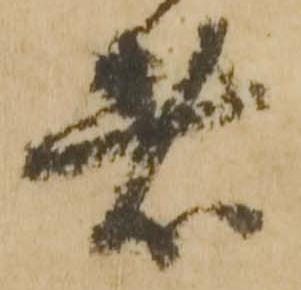
者